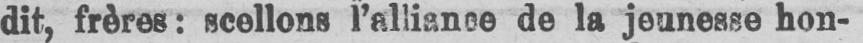
dit, frères: scellons l’alliance de la jeunesse hon-